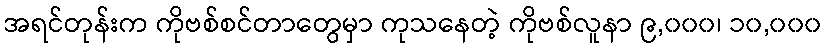
အရင်တုန်းက ကိုဗစ်စင်တာတွေမှာ ကုသနေတဲ့ ကိုဗစ်လူနာ ၉,၀၀၀၊ ၁၀,၀၀၀